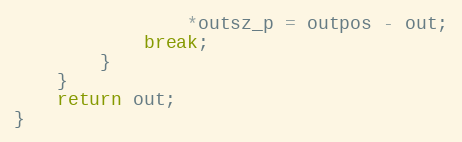
Language: C
				*outsz_p = outpos - out;
			break;
		}
	}
	return out;
}